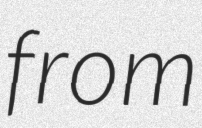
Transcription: from